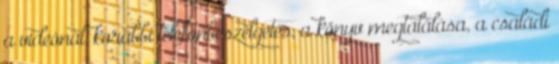
a videónál, korábbi telefonbeszélgetés, a könyv megtalálása, a családi